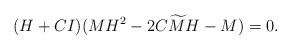
LaTeX: \begin{align*}(H+CI)(M H^2 -2 C {\widetilde M}H - M) =0.\end{align*}